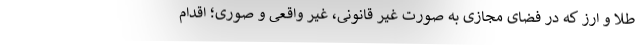
طلا و ارز که در فضای مجازی به صورت غیر قانونی، غیر واقعی و صوری؛ اقدام